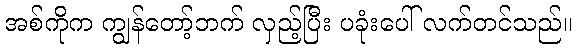
အစ်ကိုက ကျွန်တော့်ဘက် လှည့်ပြီး ပခုံးပေါ် လက်တင်သည်။